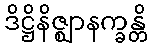
ဒိဋ္ဌိနိဇ္ဈာနက္ခန္တိ